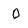
Character: D